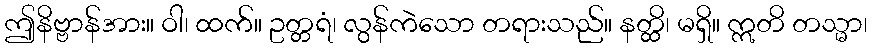
ဤနိဗ္ဗာန်အား။ ဝါ၊ ထက်။ ဥတ္တရံ၊ လွန်ကဲသော တရားသည်။ နတ္ထိ၊ မရှိ။ ဣတိ တသ္မာ၊